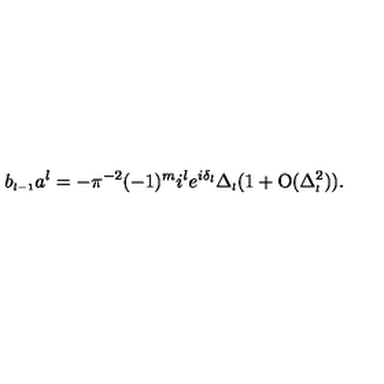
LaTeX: b _ { \scriptscriptstyle { l - 1 } } a ^ { l } = - \pi ^ { - 2 } ( - 1 ) ^ { m } i ^ { l } e ^ { i \delta _ { \scriptscriptstyle { l } } } \Delta _ { \scriptscriptstyle { l } } ( 1 + \mathrm { O } ( \Delta _ { \scriptscriptstyle { l } } ^ { 2 } ) ) .